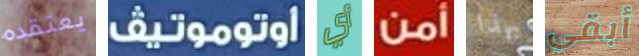
يعتقده اوتوموتيف أي أمن بهذا أبقي